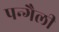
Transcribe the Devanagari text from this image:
पन्गैली